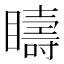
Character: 𥌆